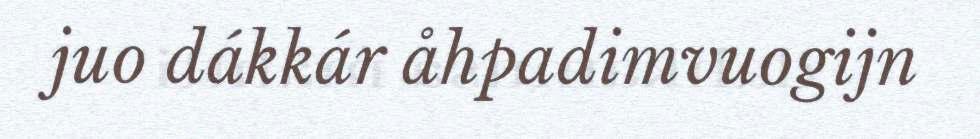
juo dákkár åhpadimvuogijn